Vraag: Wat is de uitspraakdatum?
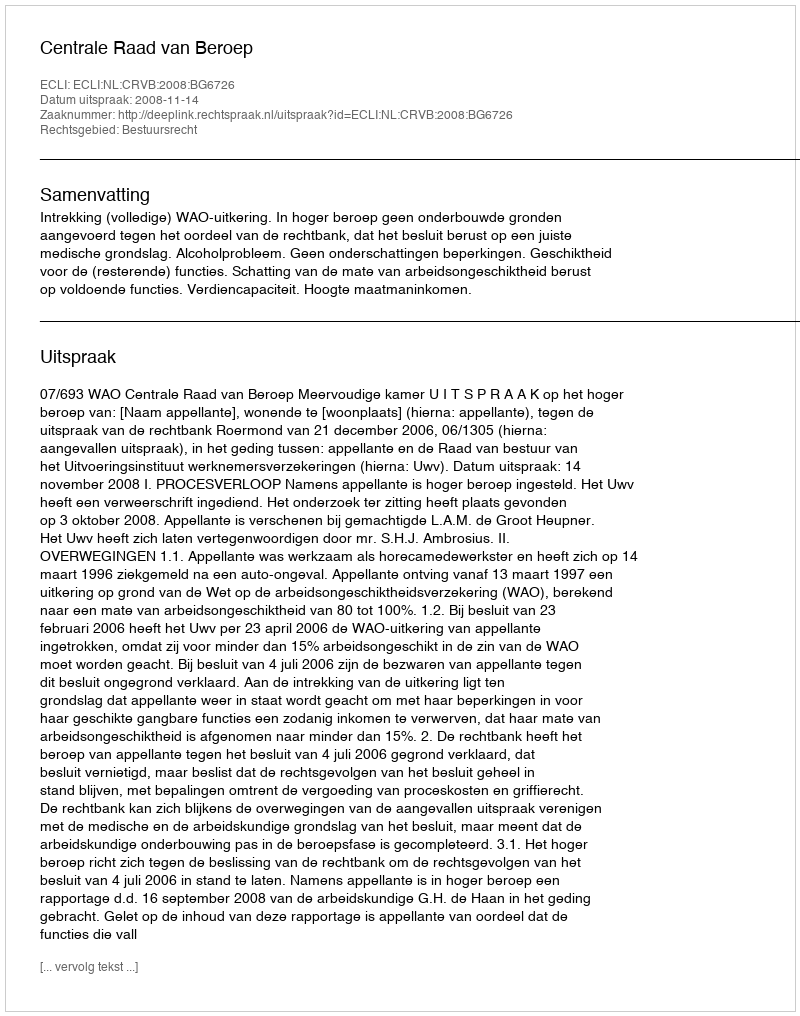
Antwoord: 2008-11-14